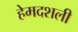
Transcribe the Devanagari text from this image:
हेमदशली